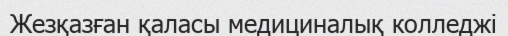
Жезқазған қаласы медициналық колледжі